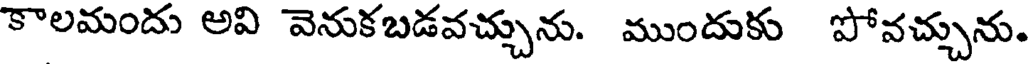
కాలమందు అవి వెనుకబడవచ్చును. ముందుకు పోవచ్చును.